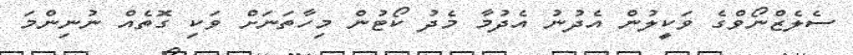
ސެލެޒްނޯވްގެ ވަކީލުން އެދުނު އެދުމާ މެދު ކޯޓުން މިހާތަނަށް ވަކި ގޮތެއް ނުނިންމަ